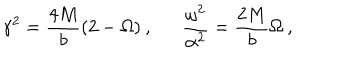
\gamma ^ { 2 } = \frac { 4 M } { b } ( 2 - \Omega ) \: , \: \: \: \: \: \: \: \frac { \omega ^ { 2 } } { \alpha ^ { 2 } } = \frac { 2 M } { b } \Omega \: ,